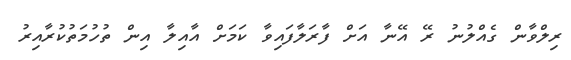
ރިލްވާން ގެއްލުނު ރޭ އޭނާ އަށް ފާރަލާފައިވާ ކަމަށް އާއިލާ އިން ތުހުމަތުކުރާއިރު